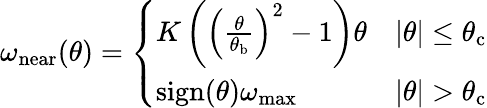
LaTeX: \omega_{\mathrm{near}}(\theta)=\left\{ \begin{array}{ll}{K\left(\left(\frac{\theta}{\theta_{\mathrm{b}}}\right)^{2}-1\right)\theta}&{|\theta|\leq\theta_{\mathrm{c}}}\\ {\mathrm{sign}(\theta)\omega_{\mathrm{max}}}&{|\theta|>\theta_{\mathrm{c}}}\end{array}\right.